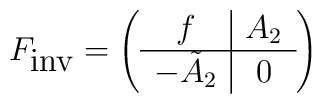
F_{\textrm{inv}}= \left( \begin{array}{c|c} f & A_2 \\\hline -\tilde{A}_2 & 0\end{array} \right)